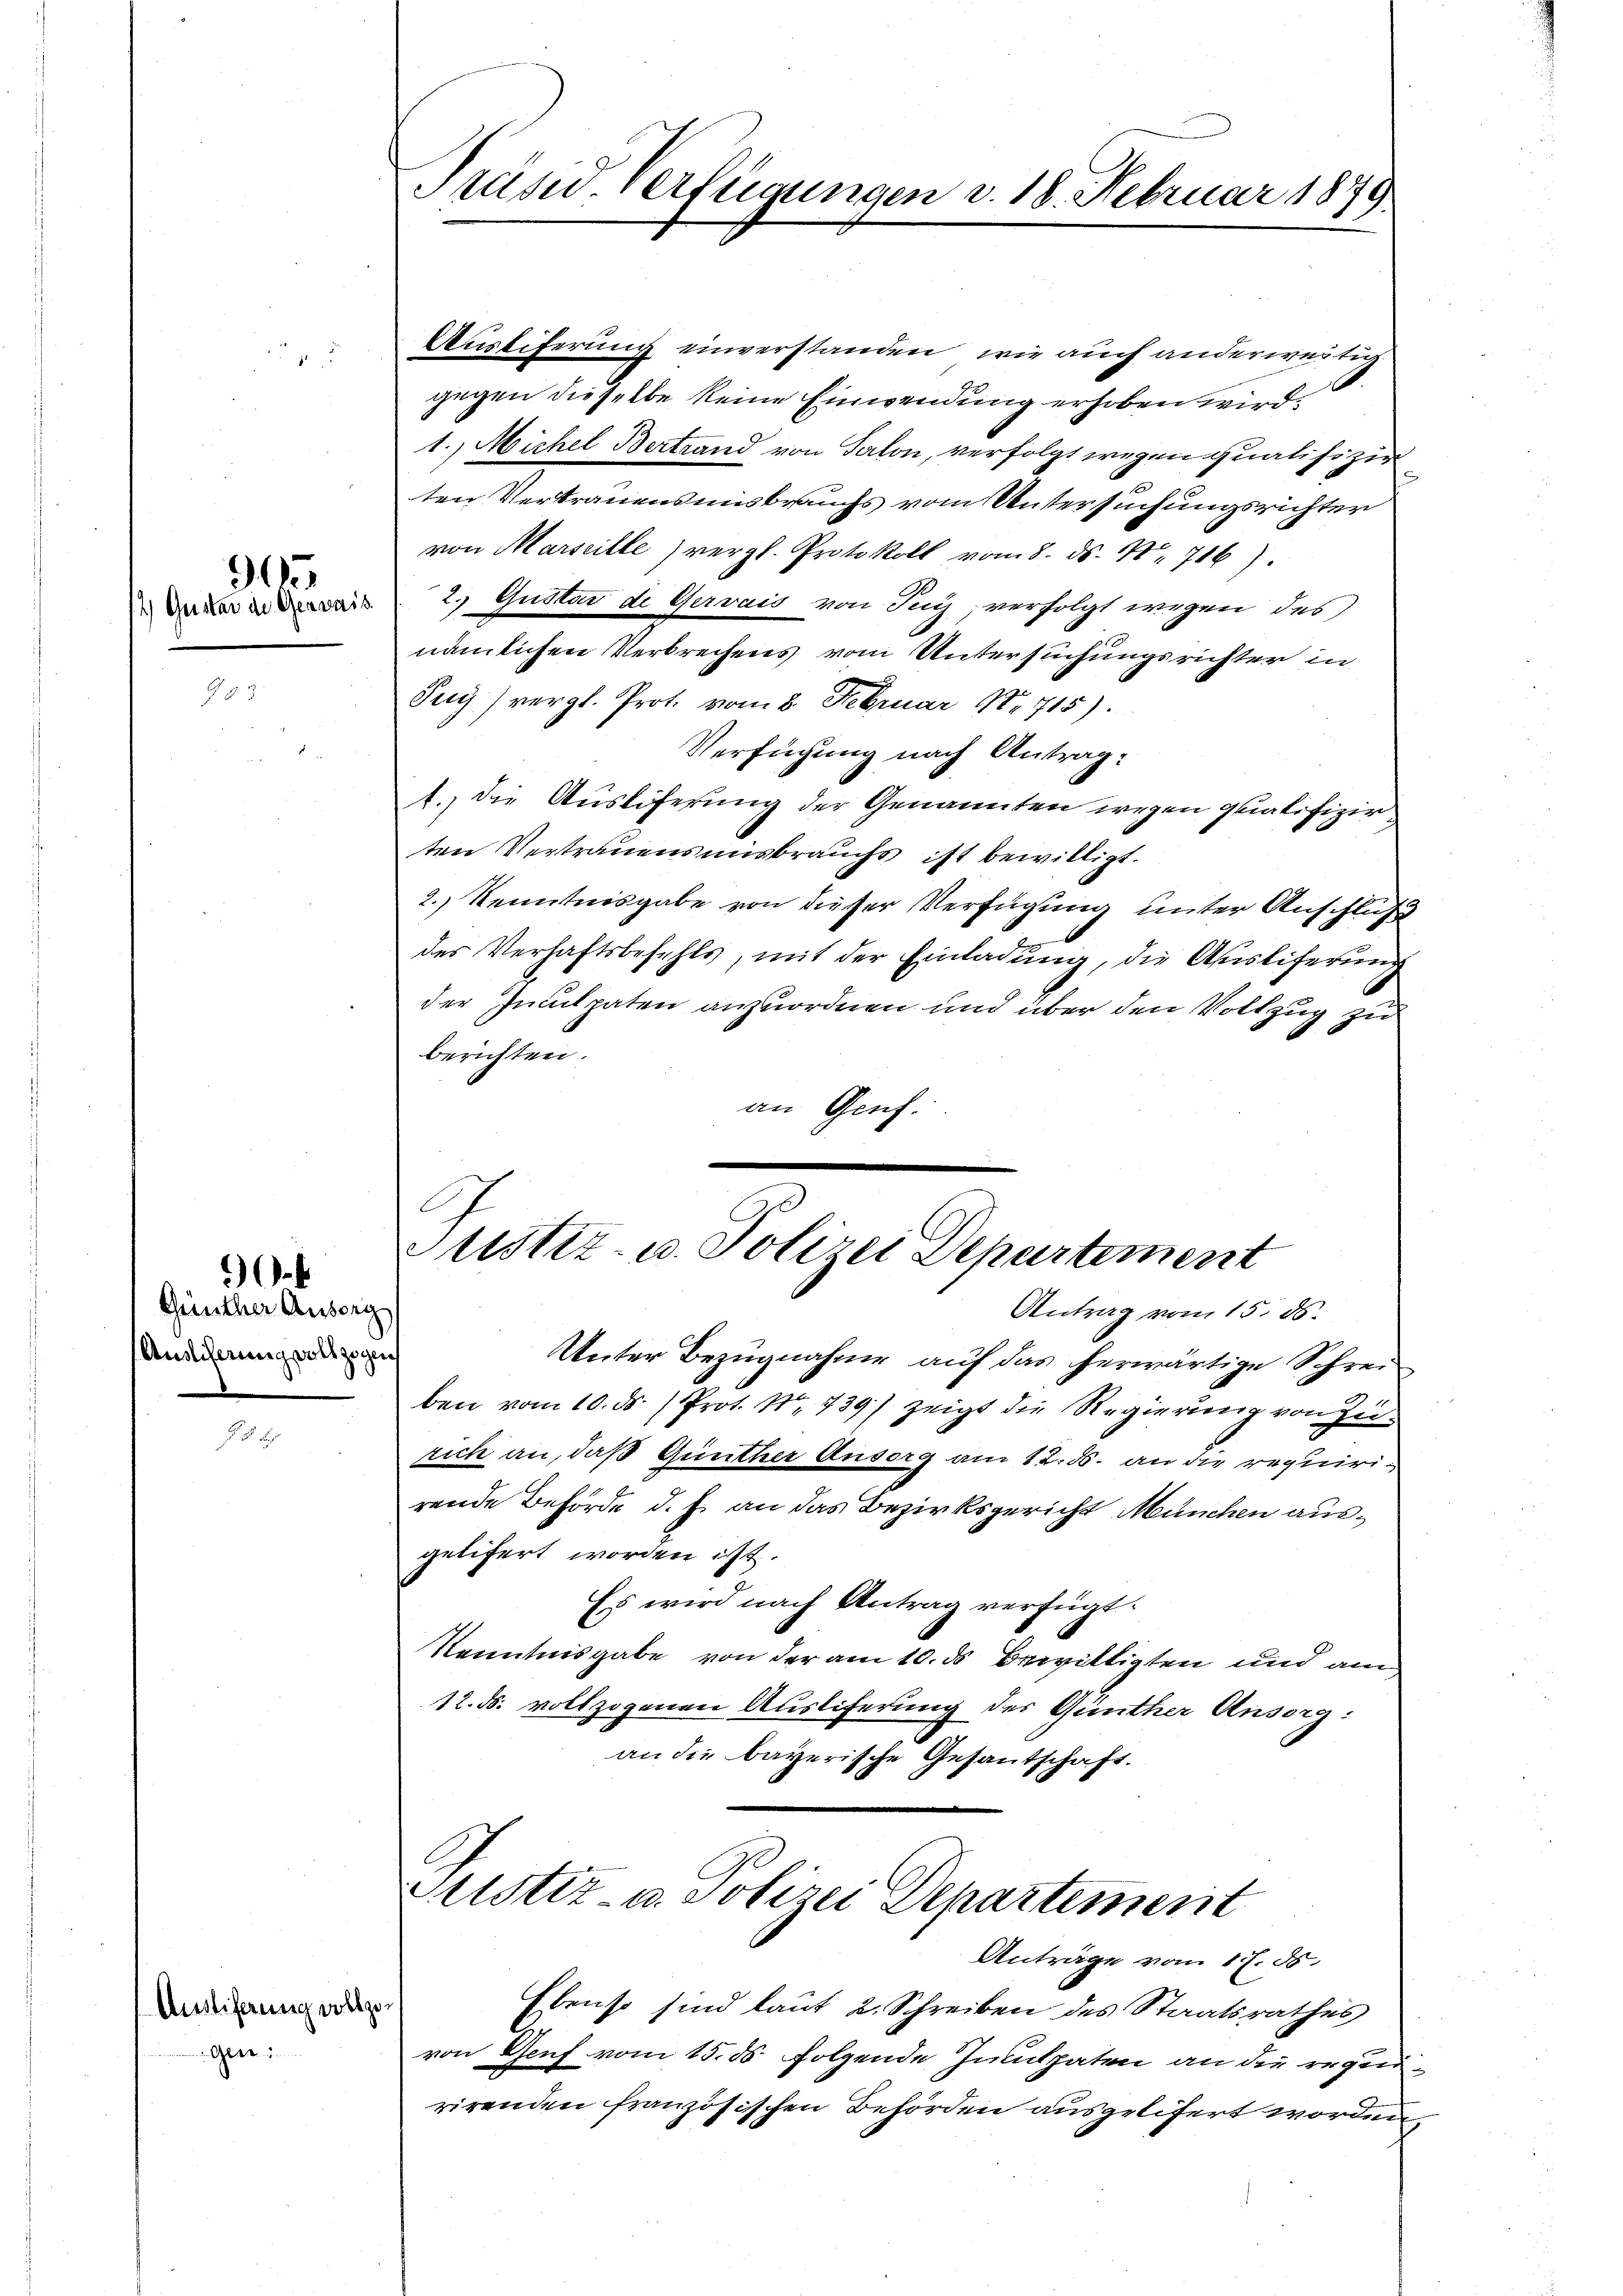
905
2) Geister die Gerwais

Günther Ausorg
Auslieferung vollzogen

90.

Auslieferung vollge¬
Gere

Präsid. verfügungen v. 18. Februar 1849

Austiferung einverstanden, wie auch anderweitig
gegen dieselbe keine Einwendung erhoben wird.
1.) Michel Bertrand von Salon, verfolgt wegen qualifizie
ten Vertrauensmisbrauchs vom Untersuchungsrichter
von Marseille) vergl. Protokoll vom 8. ds. Nr. 716)
2. Gustav de Gervais von Seiz verfolgt wegen des
nämlichen Verbrechens vom Untersuchungsrichter in
Juy) vergl. Prot. vom 8. Februar 1715).
Verfügung nach Antrag:
l. die Ausliferung der Genannten wegen qualifizir
ten Vertrauensmisbrauchs ist bewilligt.
2.) Kenntnisgabe von dieser Verfügung unter Anschluß
des Verhaftsbefehls, mit der Einladung, die Ausliferung
der Inculpaten anzuordnen und über den Vollzug zu
berichten.
an Geif.
Justiz- u. Polizei Departement
Antrag vom 15. ds.
Unter Bezugnahme auf das herwärtige Schrei
ben vom 10. ds. /Prot. No. 739) zeigt die Regierung von Zurich an, daß Günther Ansorg am 12. d. an die requirirende Behörde d. h. an das Bezirksgericht München ausgelifert worden ist.
Es wird nach Antrag verfügt:
Kenntnisgabe von der am 10. ds Bewilligten und am
12. ds. vollzogenen Ausliferung des Günther Ansorg:
an die bayerische Gesantschaft.
ustiz- u. Polizei Departement
Anträge vom 17. ds.
Ebenso sind laut 2. Schreiben des Staatsrathes
von Genf vom 15. ds. folgende Innpaten an die regenrirenden französischen Behörden ausgelifert worden,